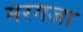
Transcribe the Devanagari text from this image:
मरगजा